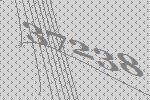
37238